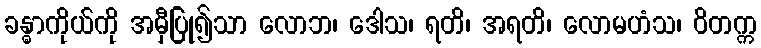
ခန္ဓာကိုယ်ကို အမှီပြု၍သာ လောဘ၊ ဒေါသ၊ ရတိ၊ အရတိ၊ လောမဟံသ၊ ဝိတက္က